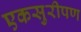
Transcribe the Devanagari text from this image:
एकसुरीपण